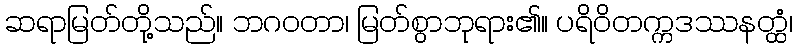
ဆရာမြတ်တို့သည်။ ဘဂဝတာ၊ မြတ်စွာဘုရား၏။ ပရိဝိတက္ကဒဿနတ္ထံ၊